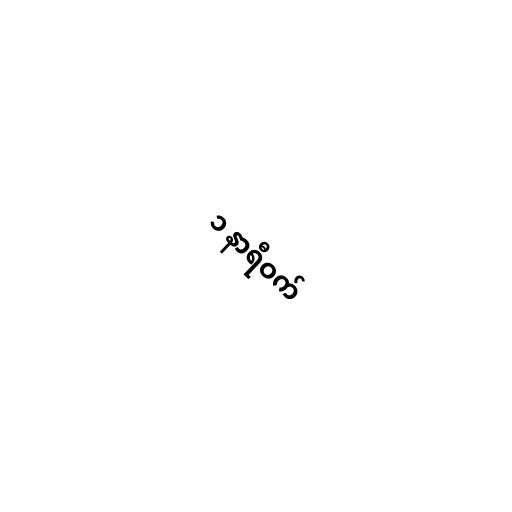
၁ နာရီဝက်